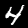
Label: 4